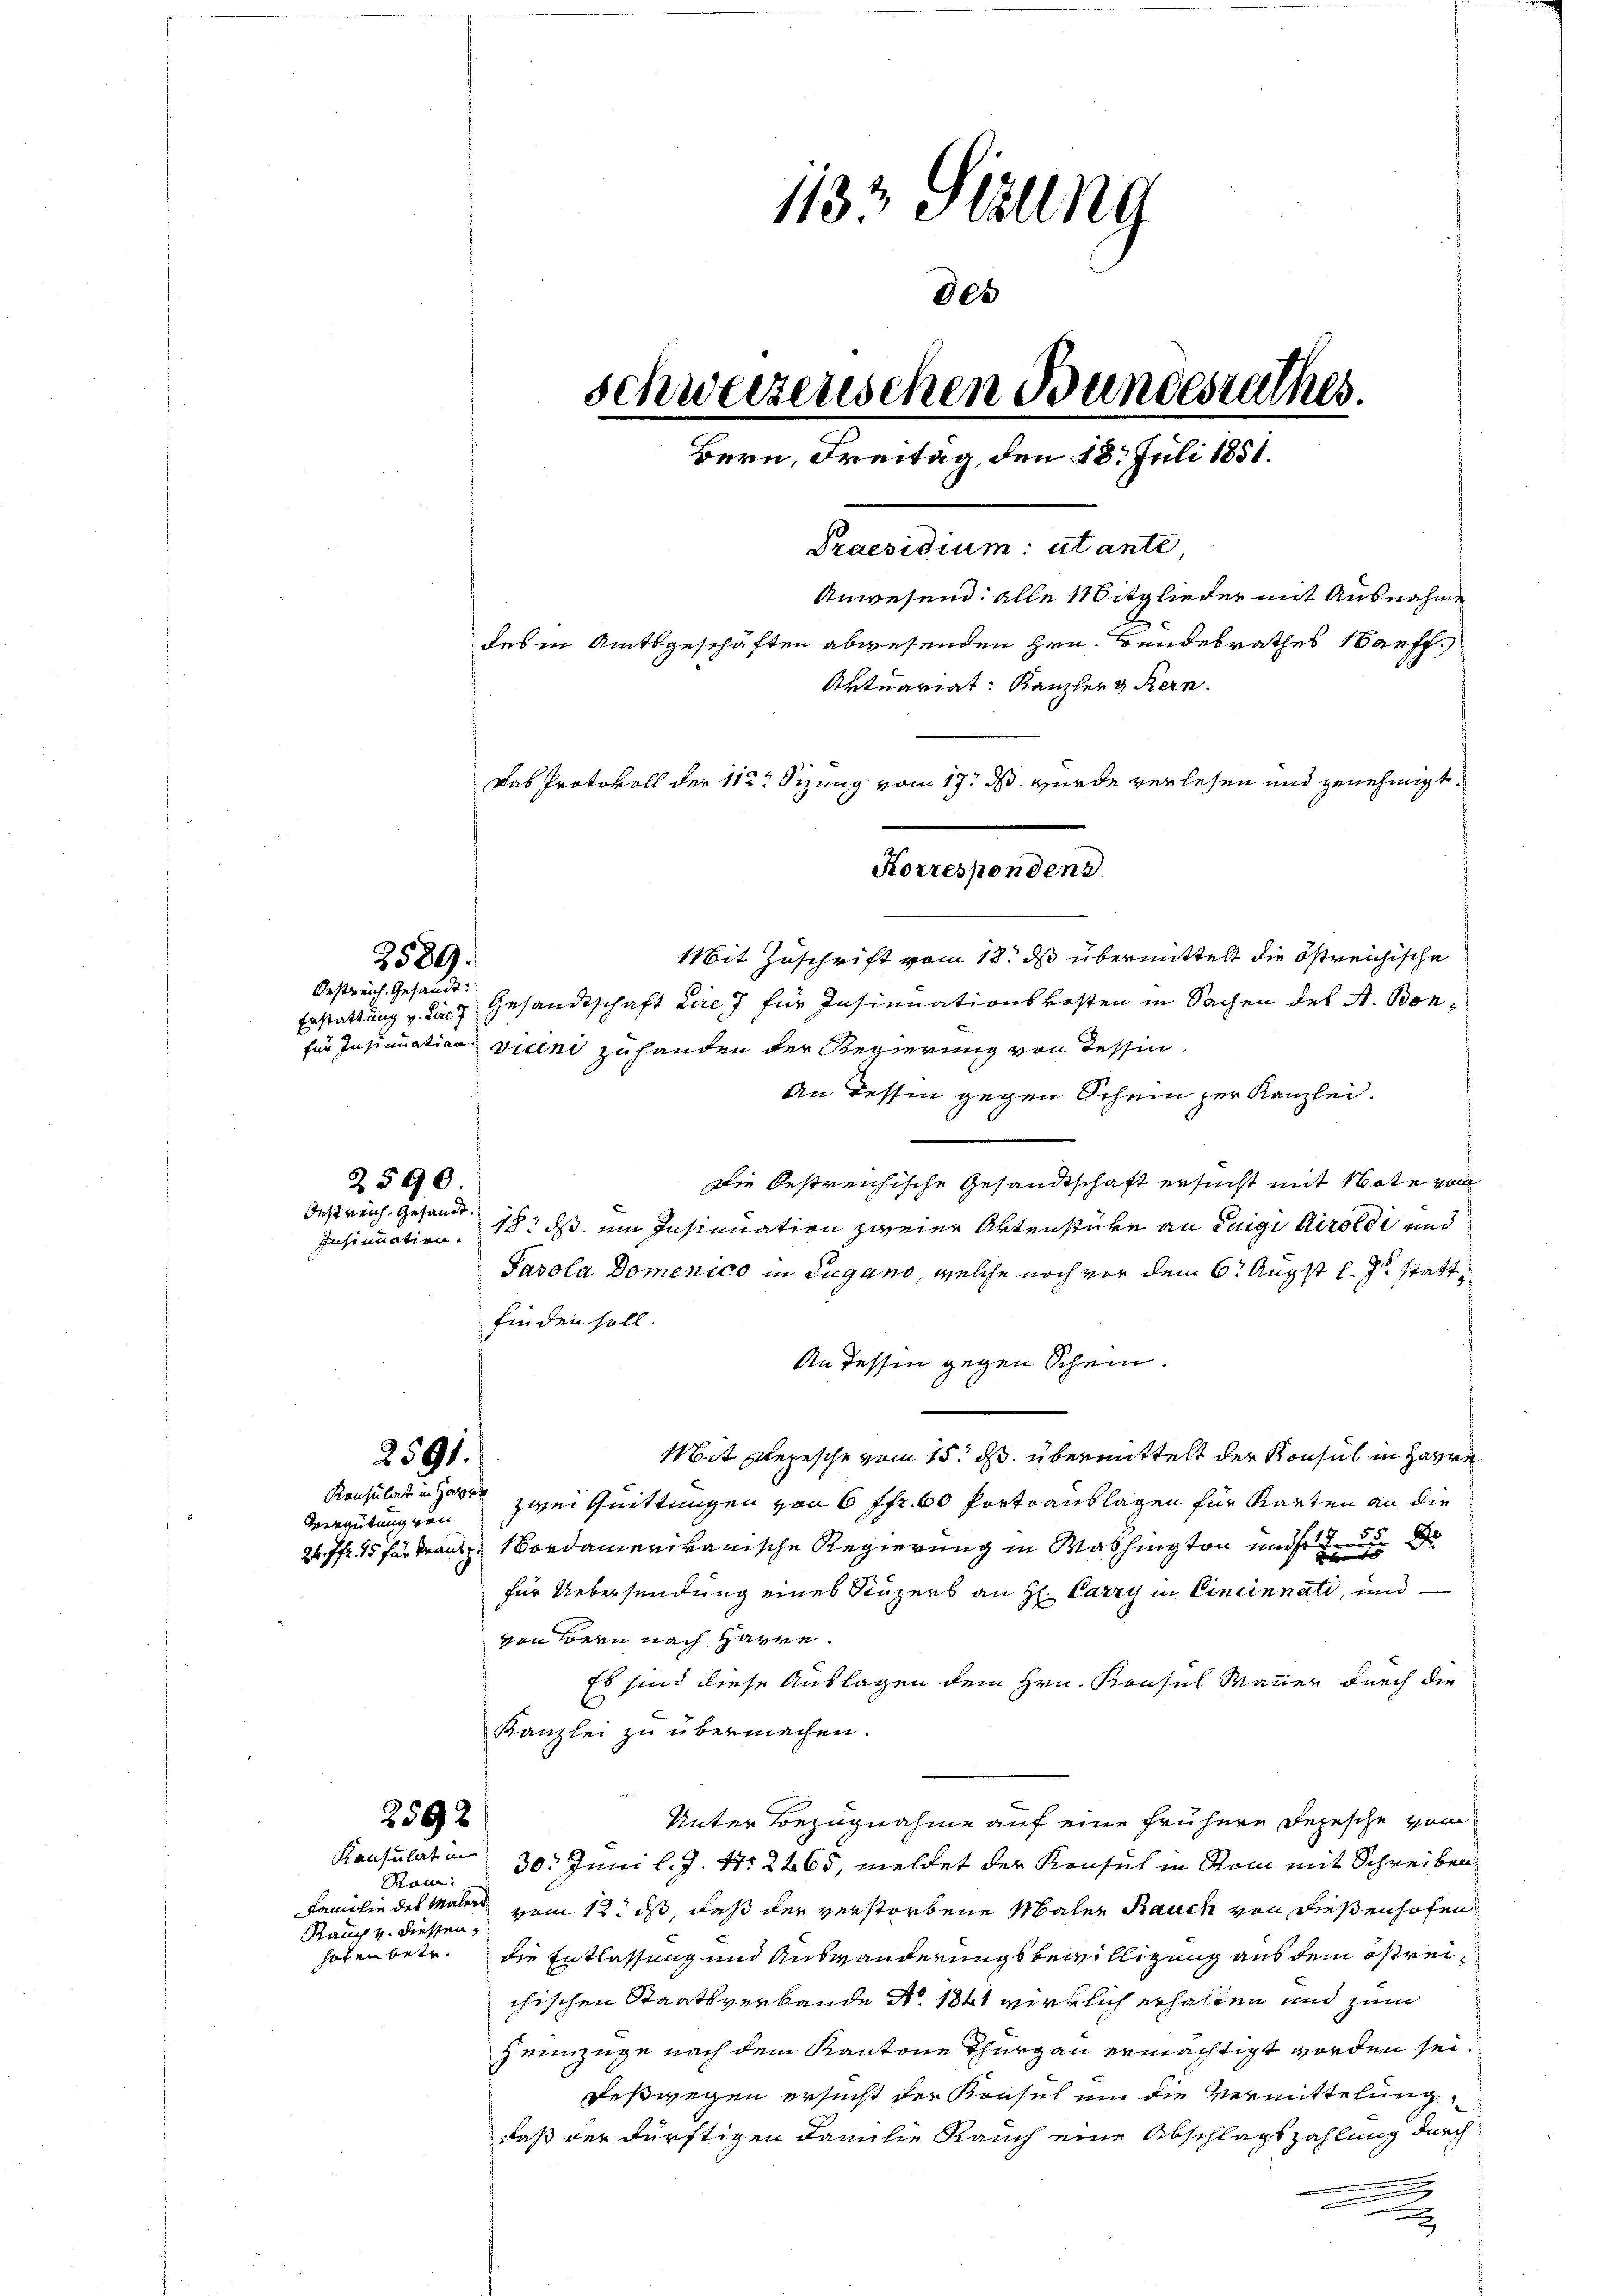
Oestreich. Gesandt:

Vergütung von

2589.

2590
Oestreich. Gesandt.

2591.

1132 Stzung
005
schweizenschen Bundesrathes.
Bern, Freitag, den 18. Juli 1851.
Praesidium: utante,
Anwesend: alle Mitglieder mit Ausnahme
des in Amtsgeschäften abwesenden Hrn. Bandesrathes Sanff.
Aktuariat: Kanzler & Kern.
Das Protokoll der 112. Sizung vom 17. ds. wurde verlesen und genehmigt.
Korrespondend

Konsulat in
Rauch v. diessen,

Mit Zuschrift vom 18. ds übermittelt die östreichische
Erstattung v. dach Gesandtschaft Lire für Insinuationskosten in Sachen des A. Bonfür Insinuation vicini zu handen der Regierung von Tessin,
An dessen gegen Schein zur Kanzlei.
Die bestreichische Gesandtschaft ersucht mit Note von
Insinuation 18. ds. ein Insinuation zweier Aktenstücke an Luigi Airoldi und
Pasola Domenico in Lugano, welche noch vor dem 6. Augst l. Js. stattfinden soll.
An dessen gegen Schein.
Mit Depesche vom 15. ds. übermittelt der Konsul in Harre
Konsulat in gere zwei Quittungen von 6 ffr. 60 Portoauslagen für Karten an die
247fr. 15 für Franz Nordamerikanische Regierung in Washington und nun de
für Uebersendung eines Stüzers an H. Carry in Eineinnati, und
von Bern nach Harre.
Es sind diese Auslagen dem Hrn. Konsul Mauer durch die
Kanzlei zu übermachen.
2592
Unter Bezugnahme auf eine frühere Depesche vom
30. Juni l. J. 17. 2465, meldet der Konsul in Rom mit Schreiben
Ron:
Familie des Maler vom 12. ds, daß der verstorbene Maler Rauch von diesenhofen
hofen betr. die Entlassung und Auswanderungsbewilligung aus dem östreichischen Staatsverbande No. 1841 wirklich erhalten und zum
Zeinzüge nach dem Kantone Thurgau ermächtigt worden sei
Deßwegen ersucht der Konsul um die Vermittelung
daß der dürftigen Familie Rauch eine Abschlagszahlung durch
5